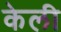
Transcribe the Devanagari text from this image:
केली